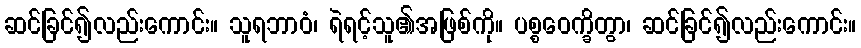
ဆင်ခြင်၍လည်းကောင်း။ သူရဘာဝံ၊ ရဲရင့်သူ၏အဖြစ်ကို။ ပစ္စဝေက္ခိတွာ၊ ဆင်ခြင်၍လည်းကောင်း။